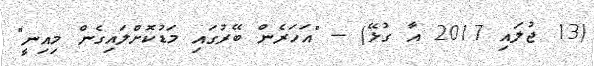
(13 ޖުލައި 2017 އާ ގުޅޭ) -- "އަހަރެން ބޭރުގައި މަޑުކޮށްލައިގެން މިއިނީ"